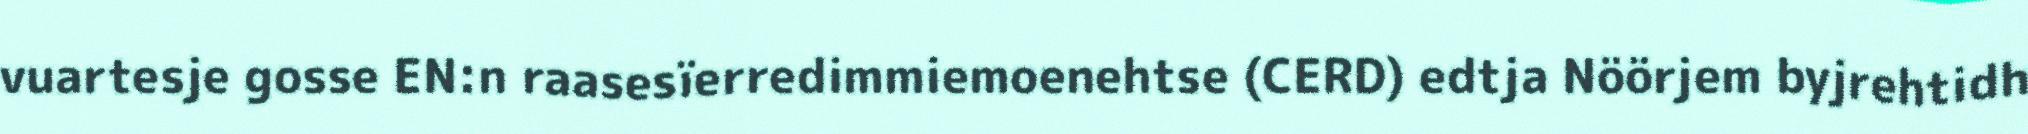
vuartesje gosse EN:n raasesïerredimmiemoenehtse (CERD) edtja Nöörjem byjrehtidh